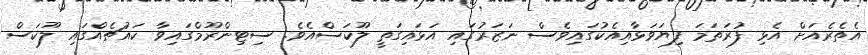
އެތެރެއަށް އެޅި ފުރަތަމަ ފިޔަވަޅާއިއެކުގައިވެސް ނަޒަރުގައި އަޅައިގަތީ ލޫކަސްއެވެ. ސިޓިންރޫމްގައިވާ ކައުޗެއްގައި ލޫކަސް